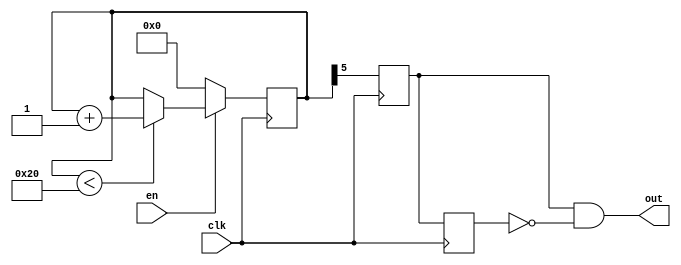
module fix_edge(
    input clk, en,
    output out
);
    reg [15:0] cnt;
    reg en1, en2;
    always@(posedge clk)
    begin
        if (en == 0)
            cnt <= 0;
        else if (cnt < 16'h20)
            cnt <= cnt + 1;
        en1 <= cnt[5];
        en2 <= en1;
    end
    assign out = en1 & ~en2;
endmodule